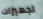
تجهيزات